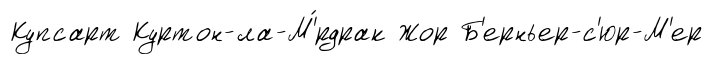
Купсарт Куртон-ла-М'́рдрак Жор Б'ерньер-с'юр-М'ер